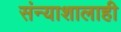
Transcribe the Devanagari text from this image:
संन्याशालाही